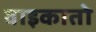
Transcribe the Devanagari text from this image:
वाइकातो